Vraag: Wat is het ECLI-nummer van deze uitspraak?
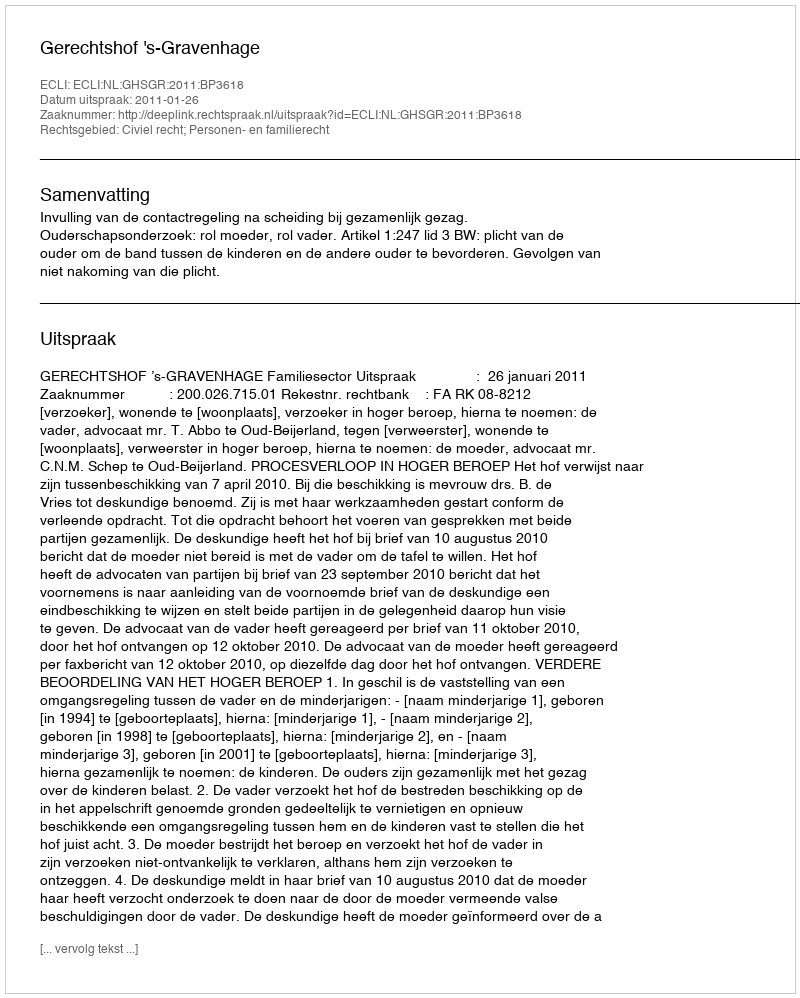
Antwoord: ECLI:NL:GHSGR:2011:BP3618